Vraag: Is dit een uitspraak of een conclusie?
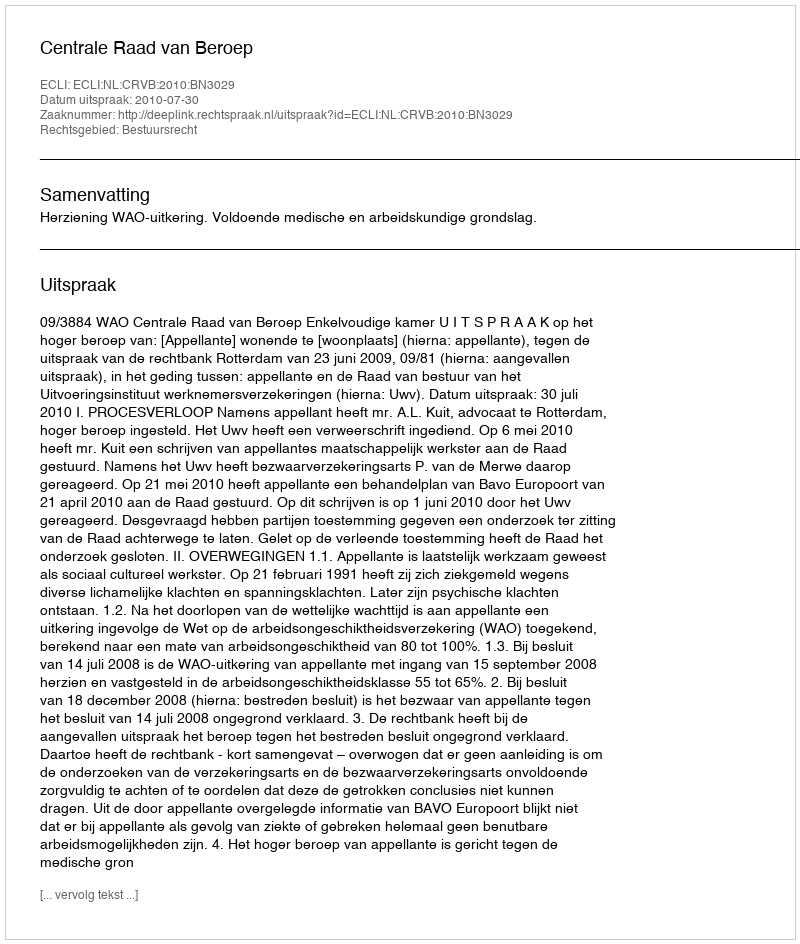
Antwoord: Uitspraak